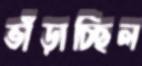
ভাঁড়াচ্ছিল